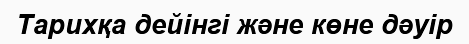
Тарихқа дейінгі және көне дәуір